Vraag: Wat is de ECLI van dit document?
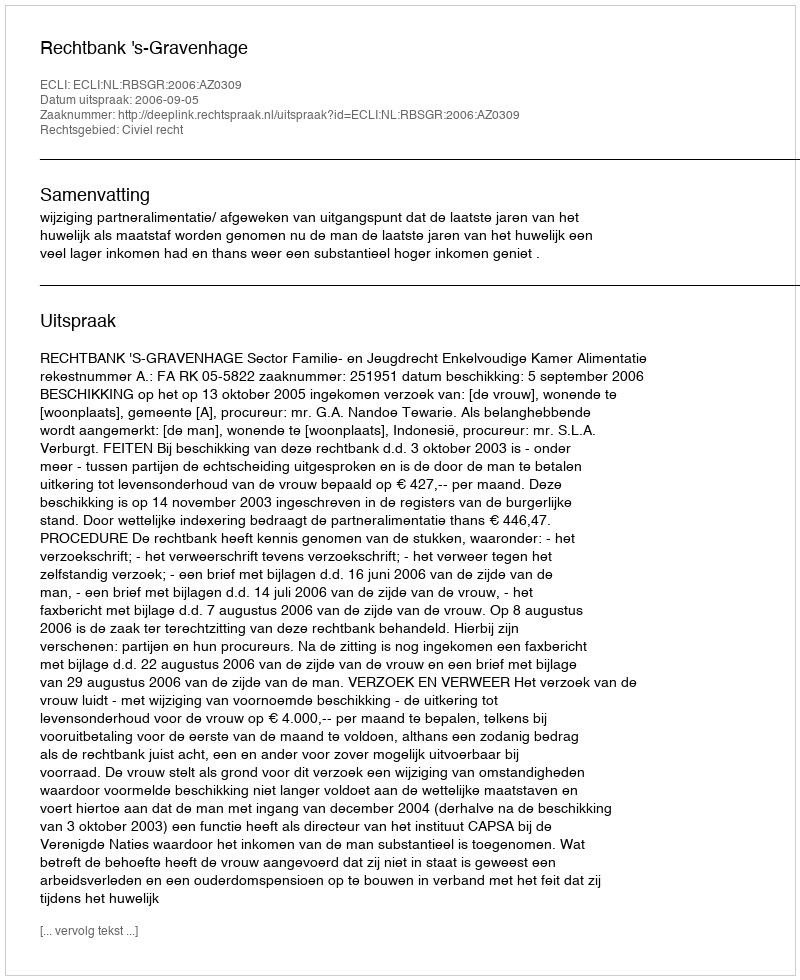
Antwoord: ECLI:NL:RBSGR:2006:AZ0309